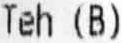
TEH (B)